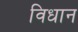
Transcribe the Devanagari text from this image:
विधान